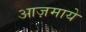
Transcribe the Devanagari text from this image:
आज़माये